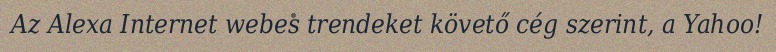
Az Alexa Internet webes trendeket követő cég szerint, a Yahoo!